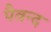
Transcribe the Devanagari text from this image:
पैवन्द